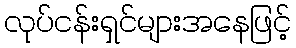
လုပ်ငန်းရှင်များအနေဖြင့်